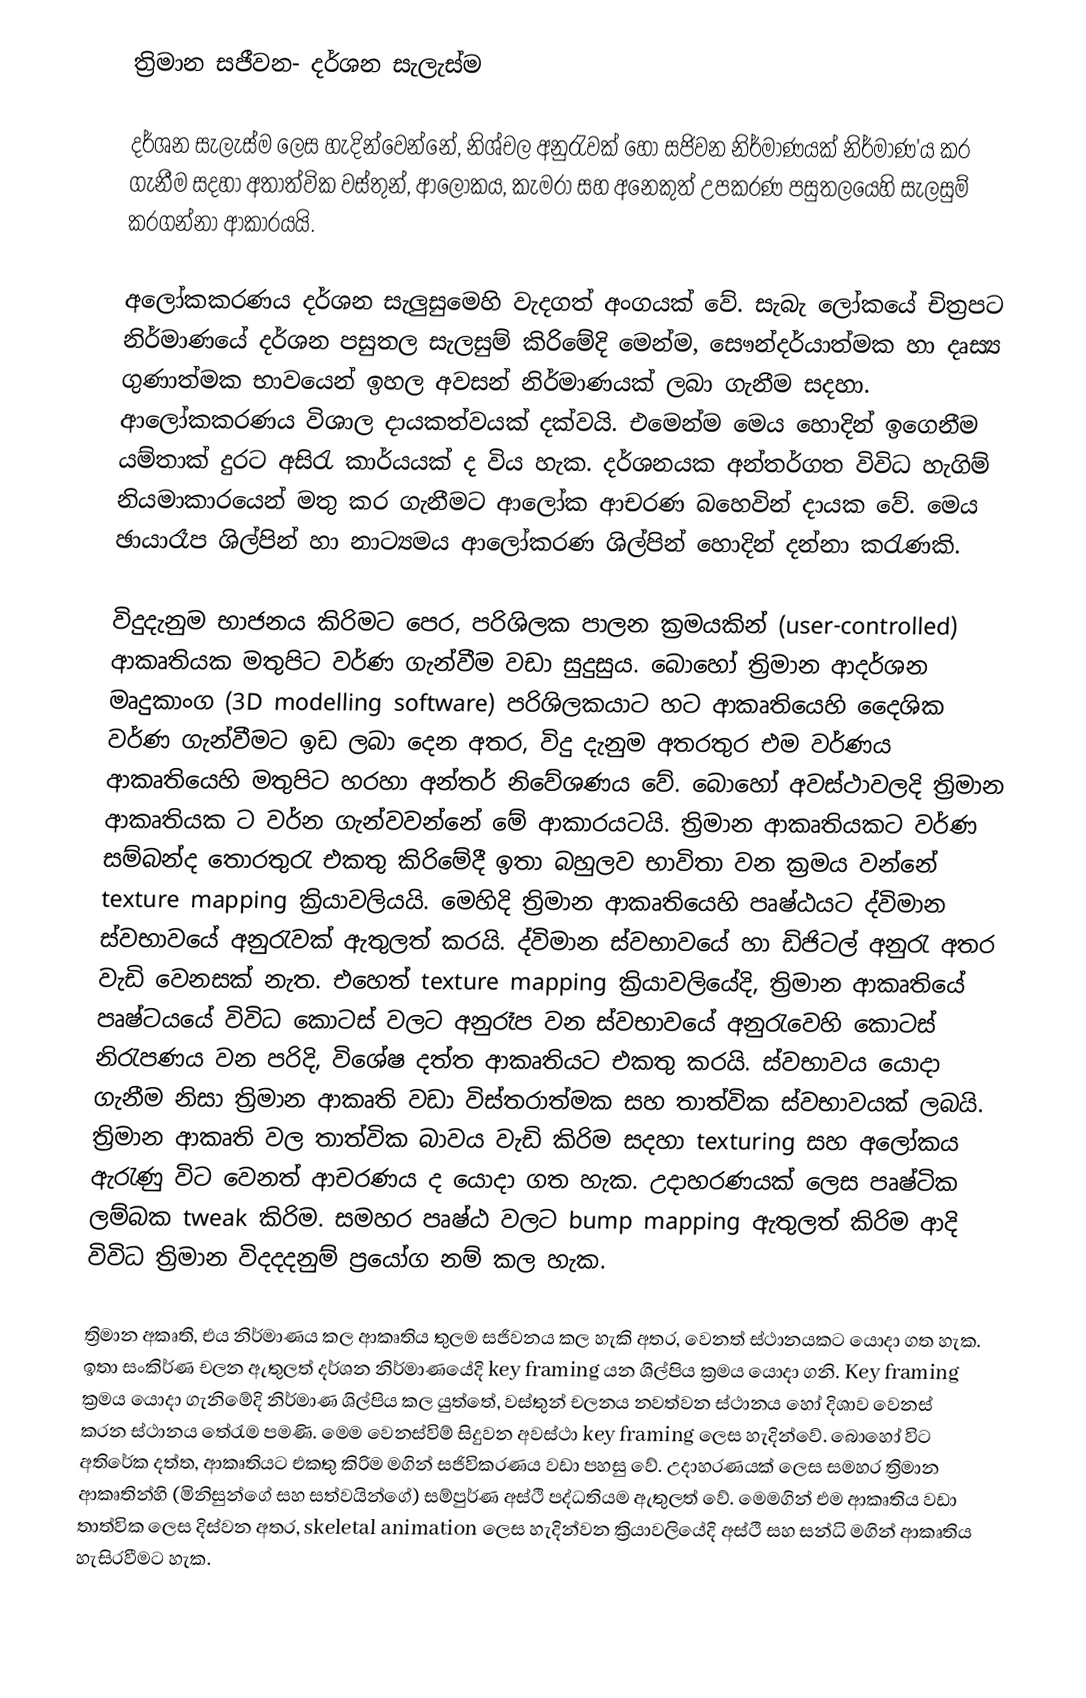
ත්‍රිමාන සජීවන- දර්ශන සැලැස්ම

	දර්ශන සැලැස්ම ලෙස හැදින්වෙන්නේ, නිශ්චල අනුරැවක් හෝ සජිවන නිර්මාණයක් නිර්මාණ'ය කර ගැනීම සදහා අතාත්වික වස්තුන්, ආලෝකය, කැමරා සහ අනෙකුත් උපකරණ පසුතලයෙහි සැලසුම් කරගන්නා ආකාරයයි.

	අලෝකකරණය දර්ශන සැලුසුමෙහි වැදගත් අංගයක් වේ. සැබැ ‍ලෝකයේ චිත්‍රපට නිර්මාණයේ දර්ශන පසුතල සැලසුම් කිරිමේදි මෙන්ම, සෞන්දර්යාත්මක හා දෘස්‍ය ගුණාත්මක භාවයෙන් ඉහල අවසන් නිර්මාණයක් ලබා ගැනීම සදහා. ආලෝකකරණය විශාල දායකත්වයක් දක්වයි. එමෙන්ම මෙය හොදින් ඉගෙනීම යම්තාක් දුරට අසිරැ කාර්යයක් ද විය හැක. දර්ශනයක අන්තර්ගත විවිධ හැගිම් නියමාකාරයෙන් මතු කර ගැනීමට ආලෝක ආචරණ බහෙවින් දායක වේ. මෙය ඡායාරෑප ශිල්පින් හා නාට්‍යමය ආලෝකරණ ශිල්පින් හොදින් දන්නා කරැණකි.

	විදුදැනුම භාජනය කිරිමට පෙර, පරිශිලක පාලන ක්‍රමයකින් (user-controlled) ආකෘතියක මතුපිට වර්ණ ගැන්වීම වඩා සුදුසුය. බොහෝ ත්‍රිමාන ආදර්ශන මෘදුකාංග (3D modelling software)  පරිශිලකයාට හට ආකෘතියෙහි දෛශික වර්ණ ගැන්වීමට ඉඩ ලබා දෙන අතර, විදු දැනුම අතරතුර එම වර්ණය ආකෘතියෙහි මතුපිට හරහා අන්තර් නිවේශණය වේ. බො‍හෝ අවස්ථාවලදි ත්‍රිමාන ආකෘතියක ට වර්න ගැන්වවන්නේ මේ ආකාරයටයි. ත්‍රිමාන ආකෘතියකට වර්ණ සම්බන්ද තොරතුරැ එකතු කිරිමේදී ඉතා බහුලව භාවිතා වන ක්‍රමය වන්නේ texture mapping ක්‍රියාවලියයි. මෙහිදි ත්‍රිමාන ආකෘතියෙහි පෘෂ්ඨයට ද්විමාන ස්වභාවයේ අනුරැවක් ඇතුලත් කරයි. ද්විමාන ස්වභාවයේ හා ඩිජිටල් අනුරැ අතර වැඩි වෙනසක් නැත. එහෙත් texture mapping ක්‍රියාවලියේදි, ත්‍රිමාන ආකෘතියේ පෘෂ්ටයයේ විවිධ කොටස් වලට අනුරෑප වන ස්වභාවයේ අනුරැවෙහි කොටස් නිරැපණය වන පරිදි, විශේෂ දත්ත ආකෘතියට එකතු කරයි. ස්වභාවය යොදා ගැනීම නිසා ත්‍රිමාන ආකෘති වඩා විස්තරාත්මක සහ තාත්වික ස්වභාවයක් ලබයි. ත්‍රිමාන ආකෘති වල තාත්වික බාවය වැඩි කිරිම සදහා  texturing  සහ අලෝකය ඇරැණු විට වෙනත් ආචරණය ද යොදා ගත හැක. උදාහරණයක් ලෙස පෘෂ්ටික ලම්බක tweak කිරිම. සමහර පෘෂ්ඨ වලට bump mapping ඇතුලත් කිරිම ආදි විවිධ ත්‍රිමාන විදදදනුම් ප්‍රයෝග නම් කල හැක.

ත්‍රිමාන අකෘති, එය නිර්මාණය කල ආකෘතිය තුලම සජිවනය කල හැකි අතර, වෙනත් ස්ථානයකට යොදා ගත හැක. ඉතා සංකිර්ණ චලන ඇතුලත් දර්ශන නිර්මාණයේදි  key framing යන ශිල්පිය ක්‍රමය යොදා ගනි. Key framing ක්‍රමය යොදා ගැනිමේදි නිර්මාණ ශිල්පිය කල යුත්තේ, වස්තුන් චලනය නවත්වන ස්ථානය හෝ දිශාව වෙනස් කරන ස්ථානය තේරැම පමණි. මෙම වෙනස්විම් සිදුවන අවස්ථා key framing ලෙස හැදින්වේ. බොහෝ විට අතිරේක දත්ත, ආකෘතියට එකතු කිරිම මගින් සජිවිකරණය වඩා පහසු වේ. උදාහරණයක් ලෙස සමහර ත්‍රිමාන ආකෘතින්හි (මිනිසුන්ගේ සහ සත්වයින්ගේ) සම්පුර්ණ අස්ථි පද්ධතියම ඇතුලත් වේ. මෙමගින් එම ආකෘතිය වඩා තාත්වික ලෙස දිස්වන අතර,  skeletal animation ලෙස හැදින්වන ක්‍රියාවලියේදි අස්ථි සහ සන්ධි මගින් ආකෘතිය හැසිරවීමට හැක.